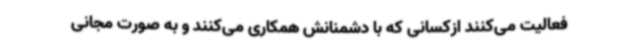
فعالیت می‌کنند ازکسانی که با دشمنانش همکاری می‌کنند و به صورت مجانی